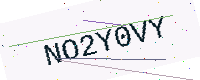
Text: NO2Y0VY